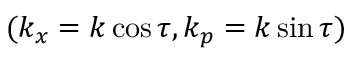
( k _ { x } = k \cos \tau , k _ { p } = k \sin \tau )